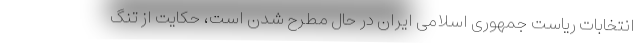
انتخابات ریاست جمهوری اسلامی ایران در حال مطرح شدن است، حکایت از تنگ